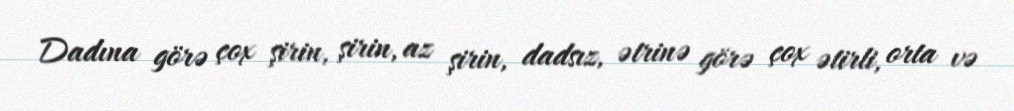
Dadına görə çox şirin, şirin, az şirin, dadsız, ətrinə görə çox ətirli, orta və